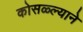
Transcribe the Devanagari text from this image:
कोसळ्ल्याने